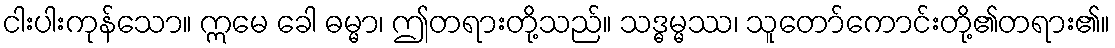
ငါးပါးကုန်သော။ ဣမေ ခေါ ဓမ္မာ၊ ဤတရားတို့သည်။ သဒ္ဓမ္မဿ၊ သူတော်ကောင်းတို့၏တရား၏။